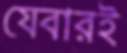
যেবারই